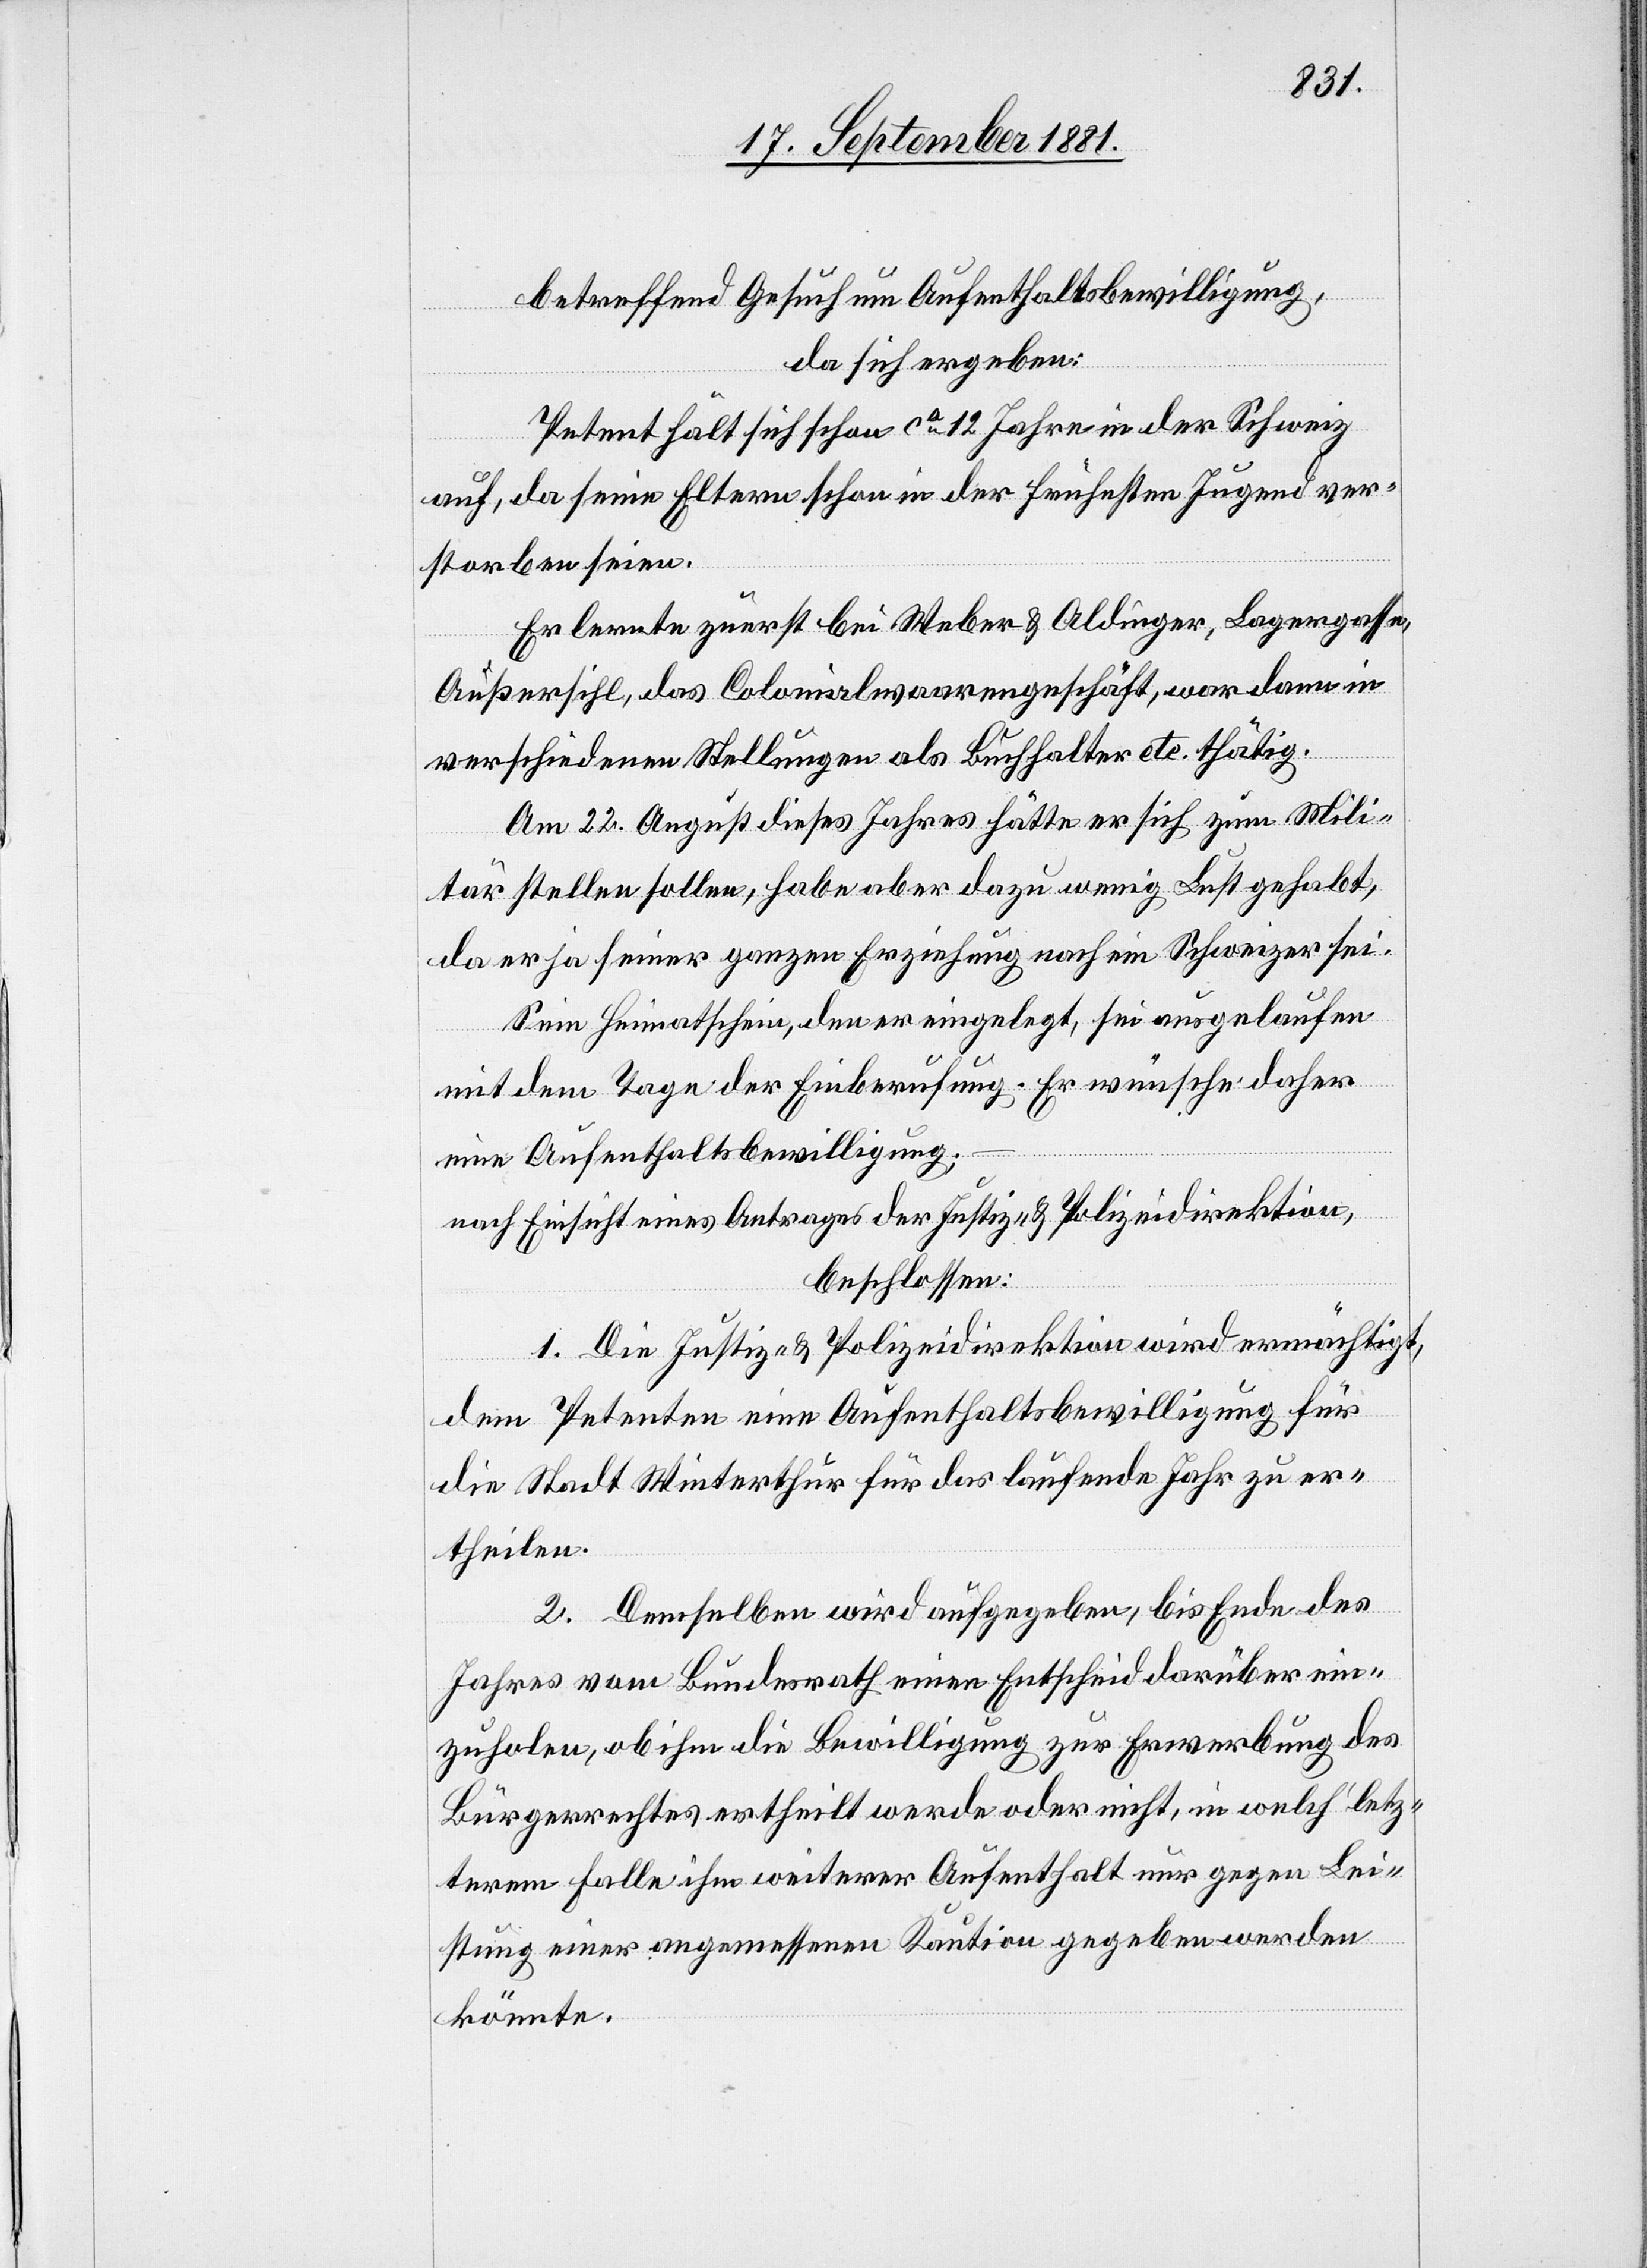
betreffend Gesuch um Aufenthaltsbewilligung,
da sich ergeben:
Petent hält sich schon ca 12 Jahre in der Schweiz
auf, da seine Eltern schon in der frühesten Jugend ver¬
storben seien.
Er lernte zuerst bei Weber & Aldinger, Lagergasse,
Außersihl, das Colonialwaarengeschäft, war dann in
verschiedenen Stellungen als Buchhalter etc. thätig.
Am 22. August dieses Jahres hätte er sich zum Mili¬
tär stellen sollen, habe aber dazu wenig Lust gehabt,
da er ja seiner ganzen Erziehung nach ein Schweizer sei.
Sein Heimatschein, den er eingelegt, sei ausgelaufen
mit dem Tage der Einberufung. Er wünsche daher
eine Aufenthaltsbewilligung;
nach Einsicht eines Antrages der Justiz- & Polizeidirektion,
beschlossen:
1. Die Justiz- & Polizeidirektion wird ermächtigt,
dem Petenten eine Aufenthaltsbewilligung für
die Stadt Winterthur für das laufende Jahr zu er¬
theilen.
2. Demselben wird aufgegeben, bis Ende des
Jahres vom Bundesrath einen Entscheid darüber ein¬
zuholen, ob ihm die Bewilligung zur Erwerbung der
Bürgerrechtes ertheilt werde oder nicht, in welchʼ letz¬
terem Falle ihm weiterer Aufenthalt nur gegen Lei¬
stung einer angemessenen Kaution gegeben werden
könnte.